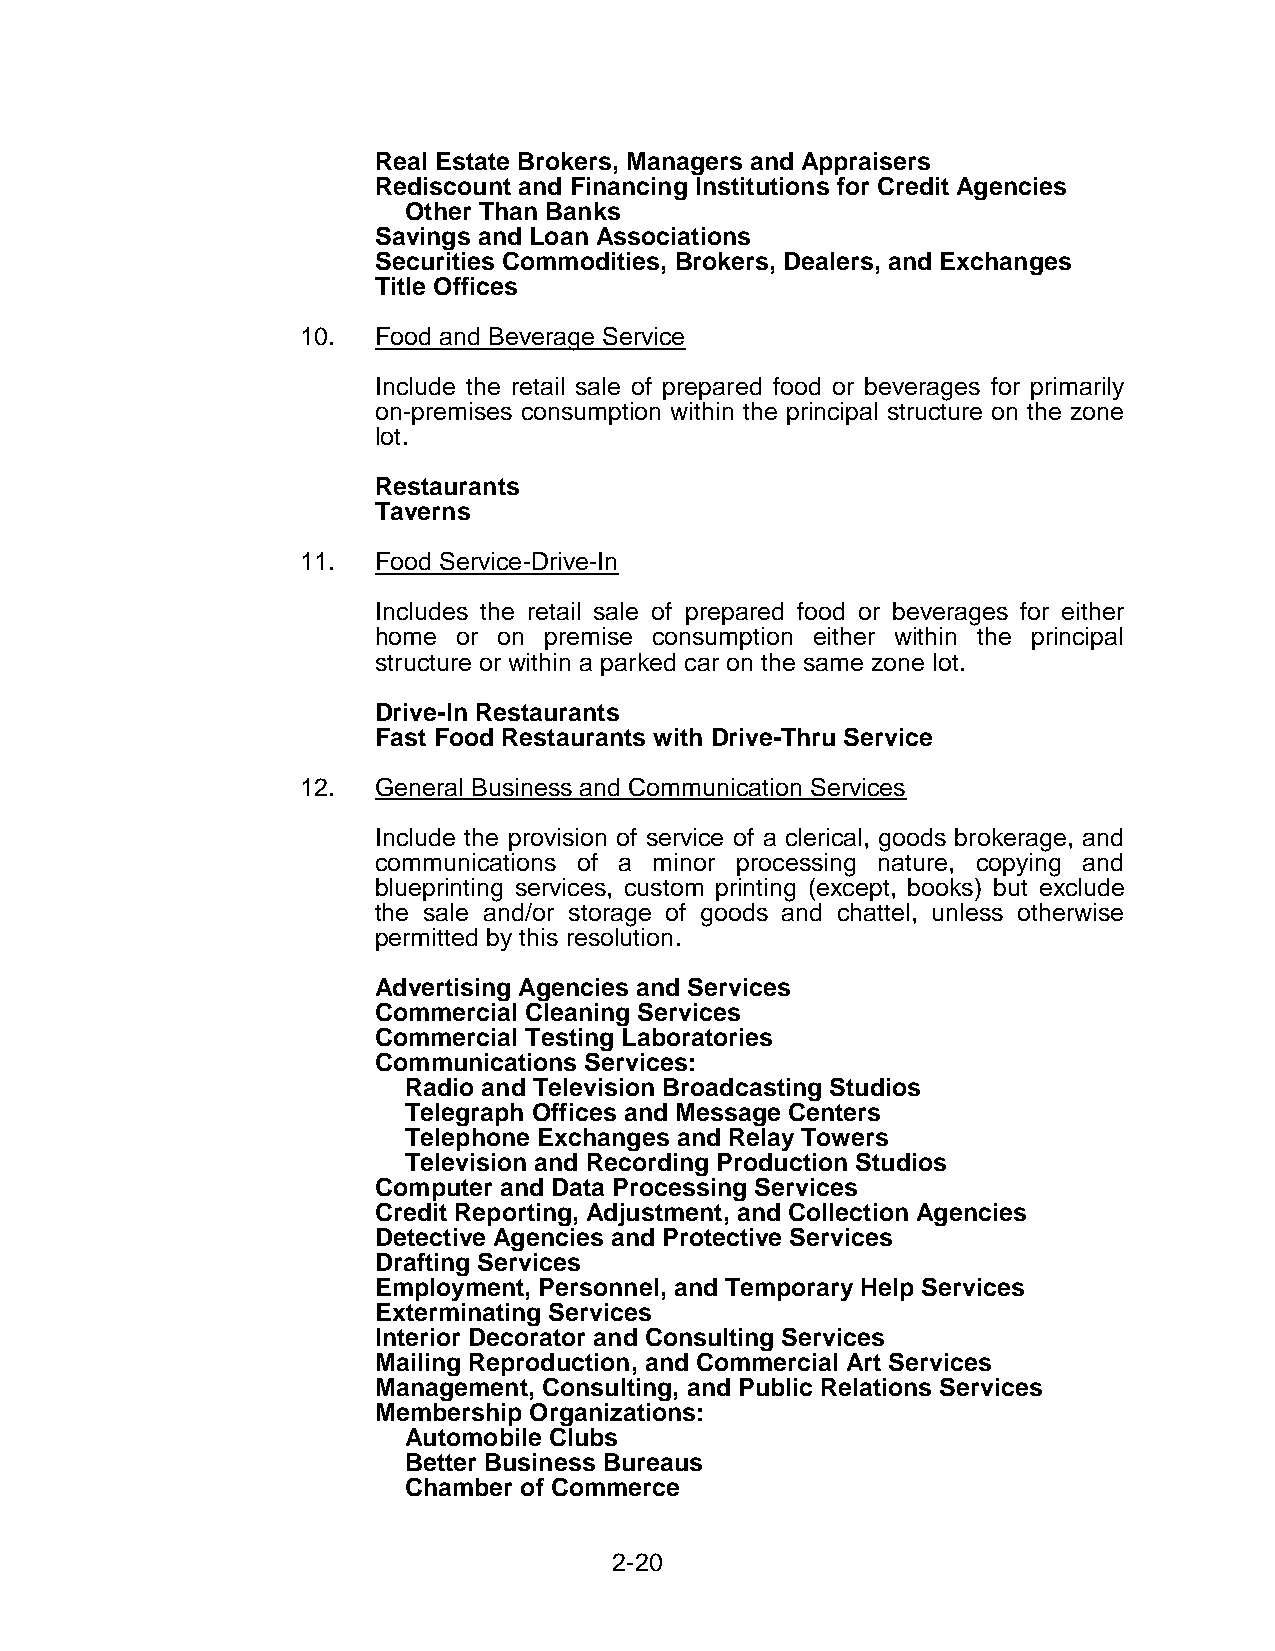
Real Estate Brokers, Managers and Appraisers
 Rediscount and Financing Institutions for Credit Agencies
 Other Than Banks
 Savings and Loan Associations
 Securities Commodities, Brokers, Dealers, and Exchanges
 Title Offices
 10.  Food and Beverage Service
 Include the retail sale of prepared food or beverages for primarily
 on-premises consumption within the principal structure on the zone
 lot.
 Restaurants
 Taverns
 11.  Food Service-Drive-In
 Includes the retail sale of prepared food or beverages for either
 home or on premise consumption either within the principal
 structure or within a parked car on the same zone lot.
 Drive-In Restaurants
 Fast Food Restaurants with Drive-Thru Service
 12.  General Business and Communication Services
 Include the provision of service of a clerical, goods brokerage, and
 communications of a minor processing nature, copying and
 blueprinting services, custom printing (except, books) but exclude
 the sale and/or storage of goods and chattel, unless otherwise
 permitted by this resolution.
 Advertising Agencies and Services
 Commercial Cleaning Services
 Commercial Testing Laboratories
 Communications Services:
 Radio and Television Broadcasting Studios
 Telegraph Offices and Message Centers
 Telephone Exchanges and Relay Towers
 Television and Recording Production Studios
 Computer and Data Processing Services
 Credit Reporting, Adjustment, and Collection Agencies
 Detective Agencies and Protective Services
 Drafting Services
 Employment, Personnel, and Temporary Help Services
 Exterminating Services
 Interior Decorator and Consulting Services
 Mailing Reproduction, and Commercial Art Services
 Management, Consulting, and Public Relations Services
 Membership Organizations:
 Automobile Clubs
 Better Business Bureaus
 Chamber of Commerce
 2-20